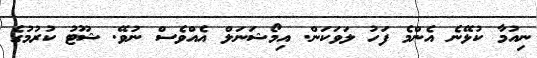
ނިއުމާ ކުޅޭނެ އެންމެ ފަހު ލަވަކަން. އިމޯޝަނަލް އެއްވެސް ނުވޭ. ޝޫޓު ކުރުމުގެ